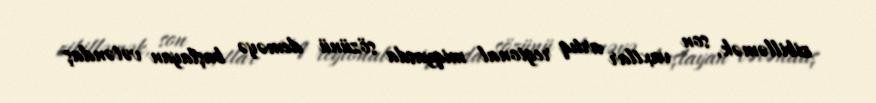
zibilləmək, son vaxtlar artıq regional miqyasda sözünü deməyə başlayan vətəndaş